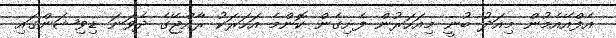
އެފްއޭއެމުން މިއަދު ބުނީ މިއަހަރުން ފެށިގެން ކޮންމެ އަހަރަކު ރާއްޖޭގެ ދެވަނަ ޑިވިޝަންގައި